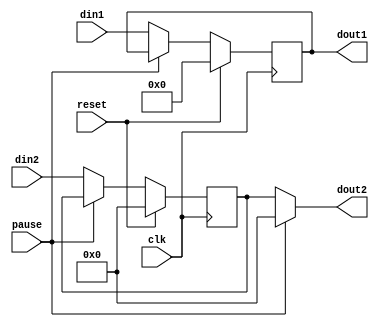
module buffer#(
	parameter WIDTH1 = 32+32+32+32+2+5+4,
	parameter WIDTH2 = 1+8+13
)(
	input clk,
	input reset,
	input pause,
//---------------------------------------------- Inputs
	input [WIDTH1-1:0] din1,
	input [WIDTH2-1:0] din2,
//---------------------------------------------- Outputs
	output [WIDTH1-1:0] dout1,
	output [WIDTH2-1:0] dout2
);

	reg [WIDTH1-1:0] reg_din1 ; always@(posedge clk) if (reset) reg_din1 <= {WIDTH1{1'b0}} ; else if (!pause) reg_din1 <= din1 ;
	reg [WIDTH2-1:0] reg_din2 ; always@(posedge clk) if (reset) reg_din2 <= {WIDTH2{1'b0}} ; else if (!pause) reg_din2 <= din2 ;
	
	assign dout1 = reg_din1 ;
	assign dout2 = pause ? {WIDTH2{1'b0}} : reg_din2 ;
	
endmodule